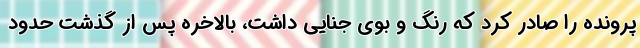
پرونده را صادر کرد که رنگ و بوی جنایی داشت، بالاخره پس از گذشت حدود